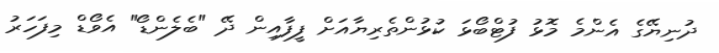
ދުނިޔޭގެ އެންމެ މޮޅު ފުޓްބޯޅަ ކުޅުންތެރިޔާއަށް ފީފާއިން ދޭ "ބެލެންޑޯ" އެވޯޑް މިފަހަރު